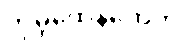
ကုမ္ဘထေနကေဟိ